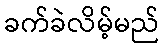
ခက်ခဲလိမ့်မည်